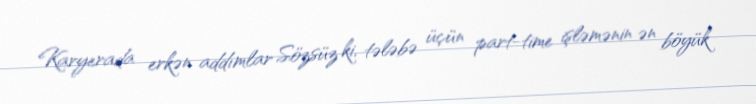
Karyerada erkən addımlar Sözsüz ki, tələbə üçün part-time işləmənin ən böyük